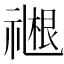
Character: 𬓓